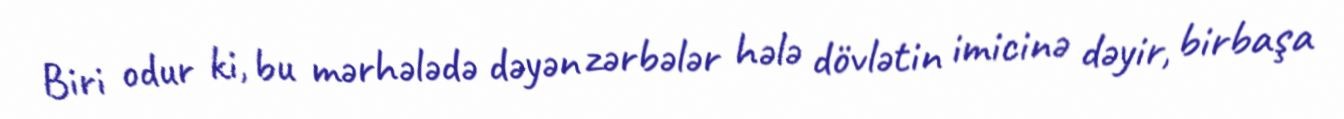
Biri odur ki, bu mərhələdə dəyən zərbələr hələ dövlətin imicinə dəyir, birbaşa